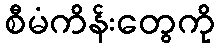
စီမံကိန်းတွေကို